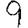
Digit: 9